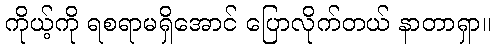
ကိုယ့်ကို ရစရာမရှိအောင် ပြောလိုက်တယ် နာတာရှာ။